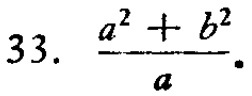
33. $\frac{a^{2}+b^{2}}{a}$.